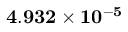
\mathbf { 4 . 9 3 2 \times 1 0 ^ { - 5 } }